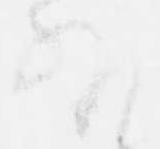
外